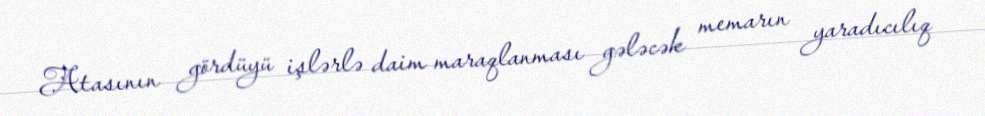
Atasının gördüyü işlərlə daim maraqlanması gələcək memarın yaradıcılıq